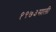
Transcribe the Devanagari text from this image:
१९७३साली